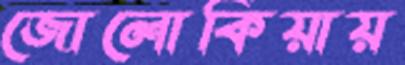
জোলোকিয়ায়